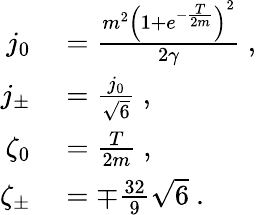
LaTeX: \begin{array}{rl}{j_{0}}&{{}=\frac{m^{2}\left(1+e^{-\frac{T}{2m}}\right)^{2}}{2\gamma}\ ,}\\ {j_{\pm}}&{{}=\frac{j_{0}}{\sqrt{6}}\ ,}\\ {\zeta_{0}}&{{}=\frac{T}{2m}\ ,}\\ {\zeta_{\pm}}&{{}=\mp\frac{32}{9}\sqrt{6}\ .}\end{array}